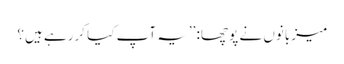
میزبانوں نے پوچھا: ’’یہ آپ کیا کررہے ہیں؟